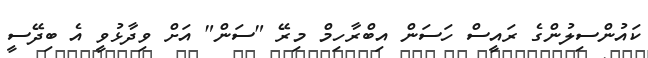
ކައުންސިލުންގެ ރައީސް ހަސަން އިބްރާހިމް މިރޭ "ސަން" އަށް ވިދާޅުވީ އެ ބިދޭސީ